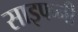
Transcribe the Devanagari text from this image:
साइफनी